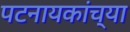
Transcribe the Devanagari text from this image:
पटनायकांच्या